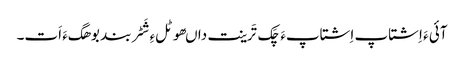
آئی ءَ اِشتاپ اِشتاپءَ چَک تَرینت داںھوٹلءِ شَٹربند بوھگءَ اَت۔